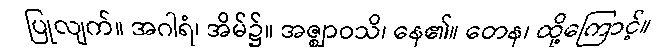
ပြုလျက်။ အဂါရံ၊ အိမ်၌။ အဇ္ဈာဝသိ၊ နေ၏။ တေန၊ ထို့ကြောင့်။